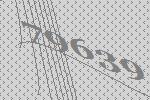
79639